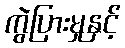
ကွဲပြားမှုနှင့်